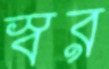
স্বর